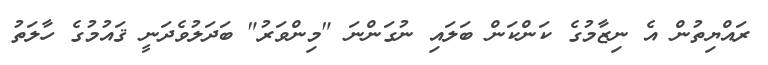
ރައްޔިތުން އެ ނިޒާމުގެ ކަންކަން ބަލައި ނުގަންނަ "މިންވަރު" ބަދަލުވެދަނީ ޤައުމުގެ ހާލަތު